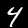
Digit: 4